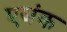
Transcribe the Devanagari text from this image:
एजंक